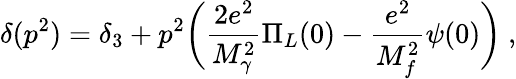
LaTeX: \delta(p^{2})=\delta_{3}+p^{2}\biggl(\frac{2e^{2}}{M_{\gamma}^{2}}\Pi_{L}(0)-\frac{e^{2}}{M_{f}^{2}}\psi(0)\biggl)\ ,